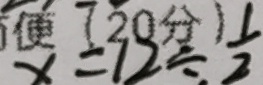
x = 1 2 \div \frac { 1 } { 2 }